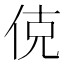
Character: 𬾅